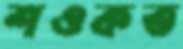
শওকত